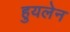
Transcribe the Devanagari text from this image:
हुयलेन